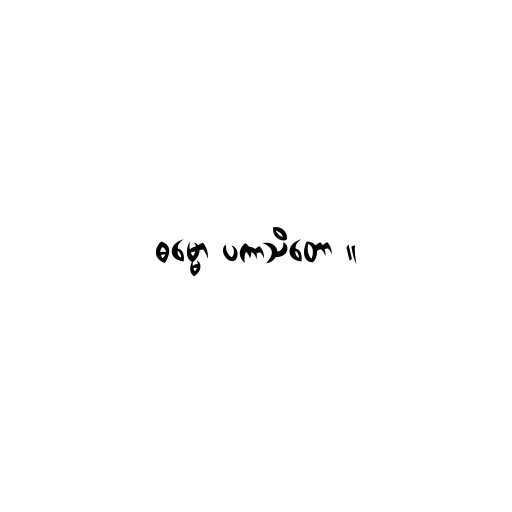
ဓမ္မော ပကာသိတော ။